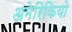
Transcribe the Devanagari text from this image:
अमेरिकियो